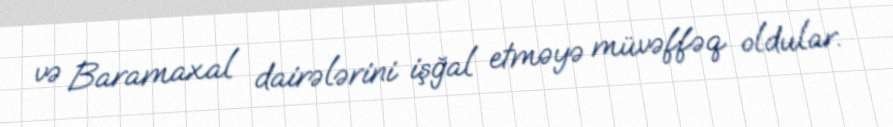
və Baramaxal dairələrini işğal etməyə müvəffəq oldular.